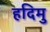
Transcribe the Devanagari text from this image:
हदिमु